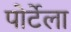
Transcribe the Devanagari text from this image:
पोर्टेला